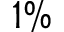
1 \%